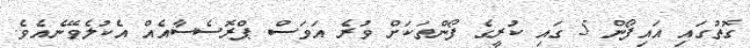
ގޮތުގައި އައިފޯން 5 ގައި ކުރީގެ ފޯންތަކަށް ވުރެ އަވަސް ޕްރޮސެސާއެއް އެކުލެވޭނެއެވެ.